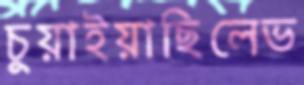
চুয়াইয়াছিলেভ